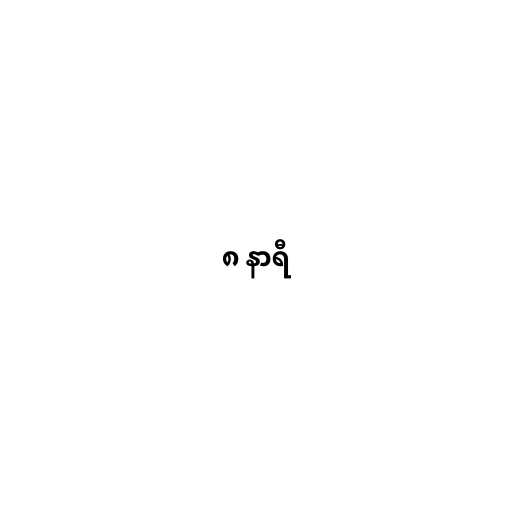
၈ နာရီ